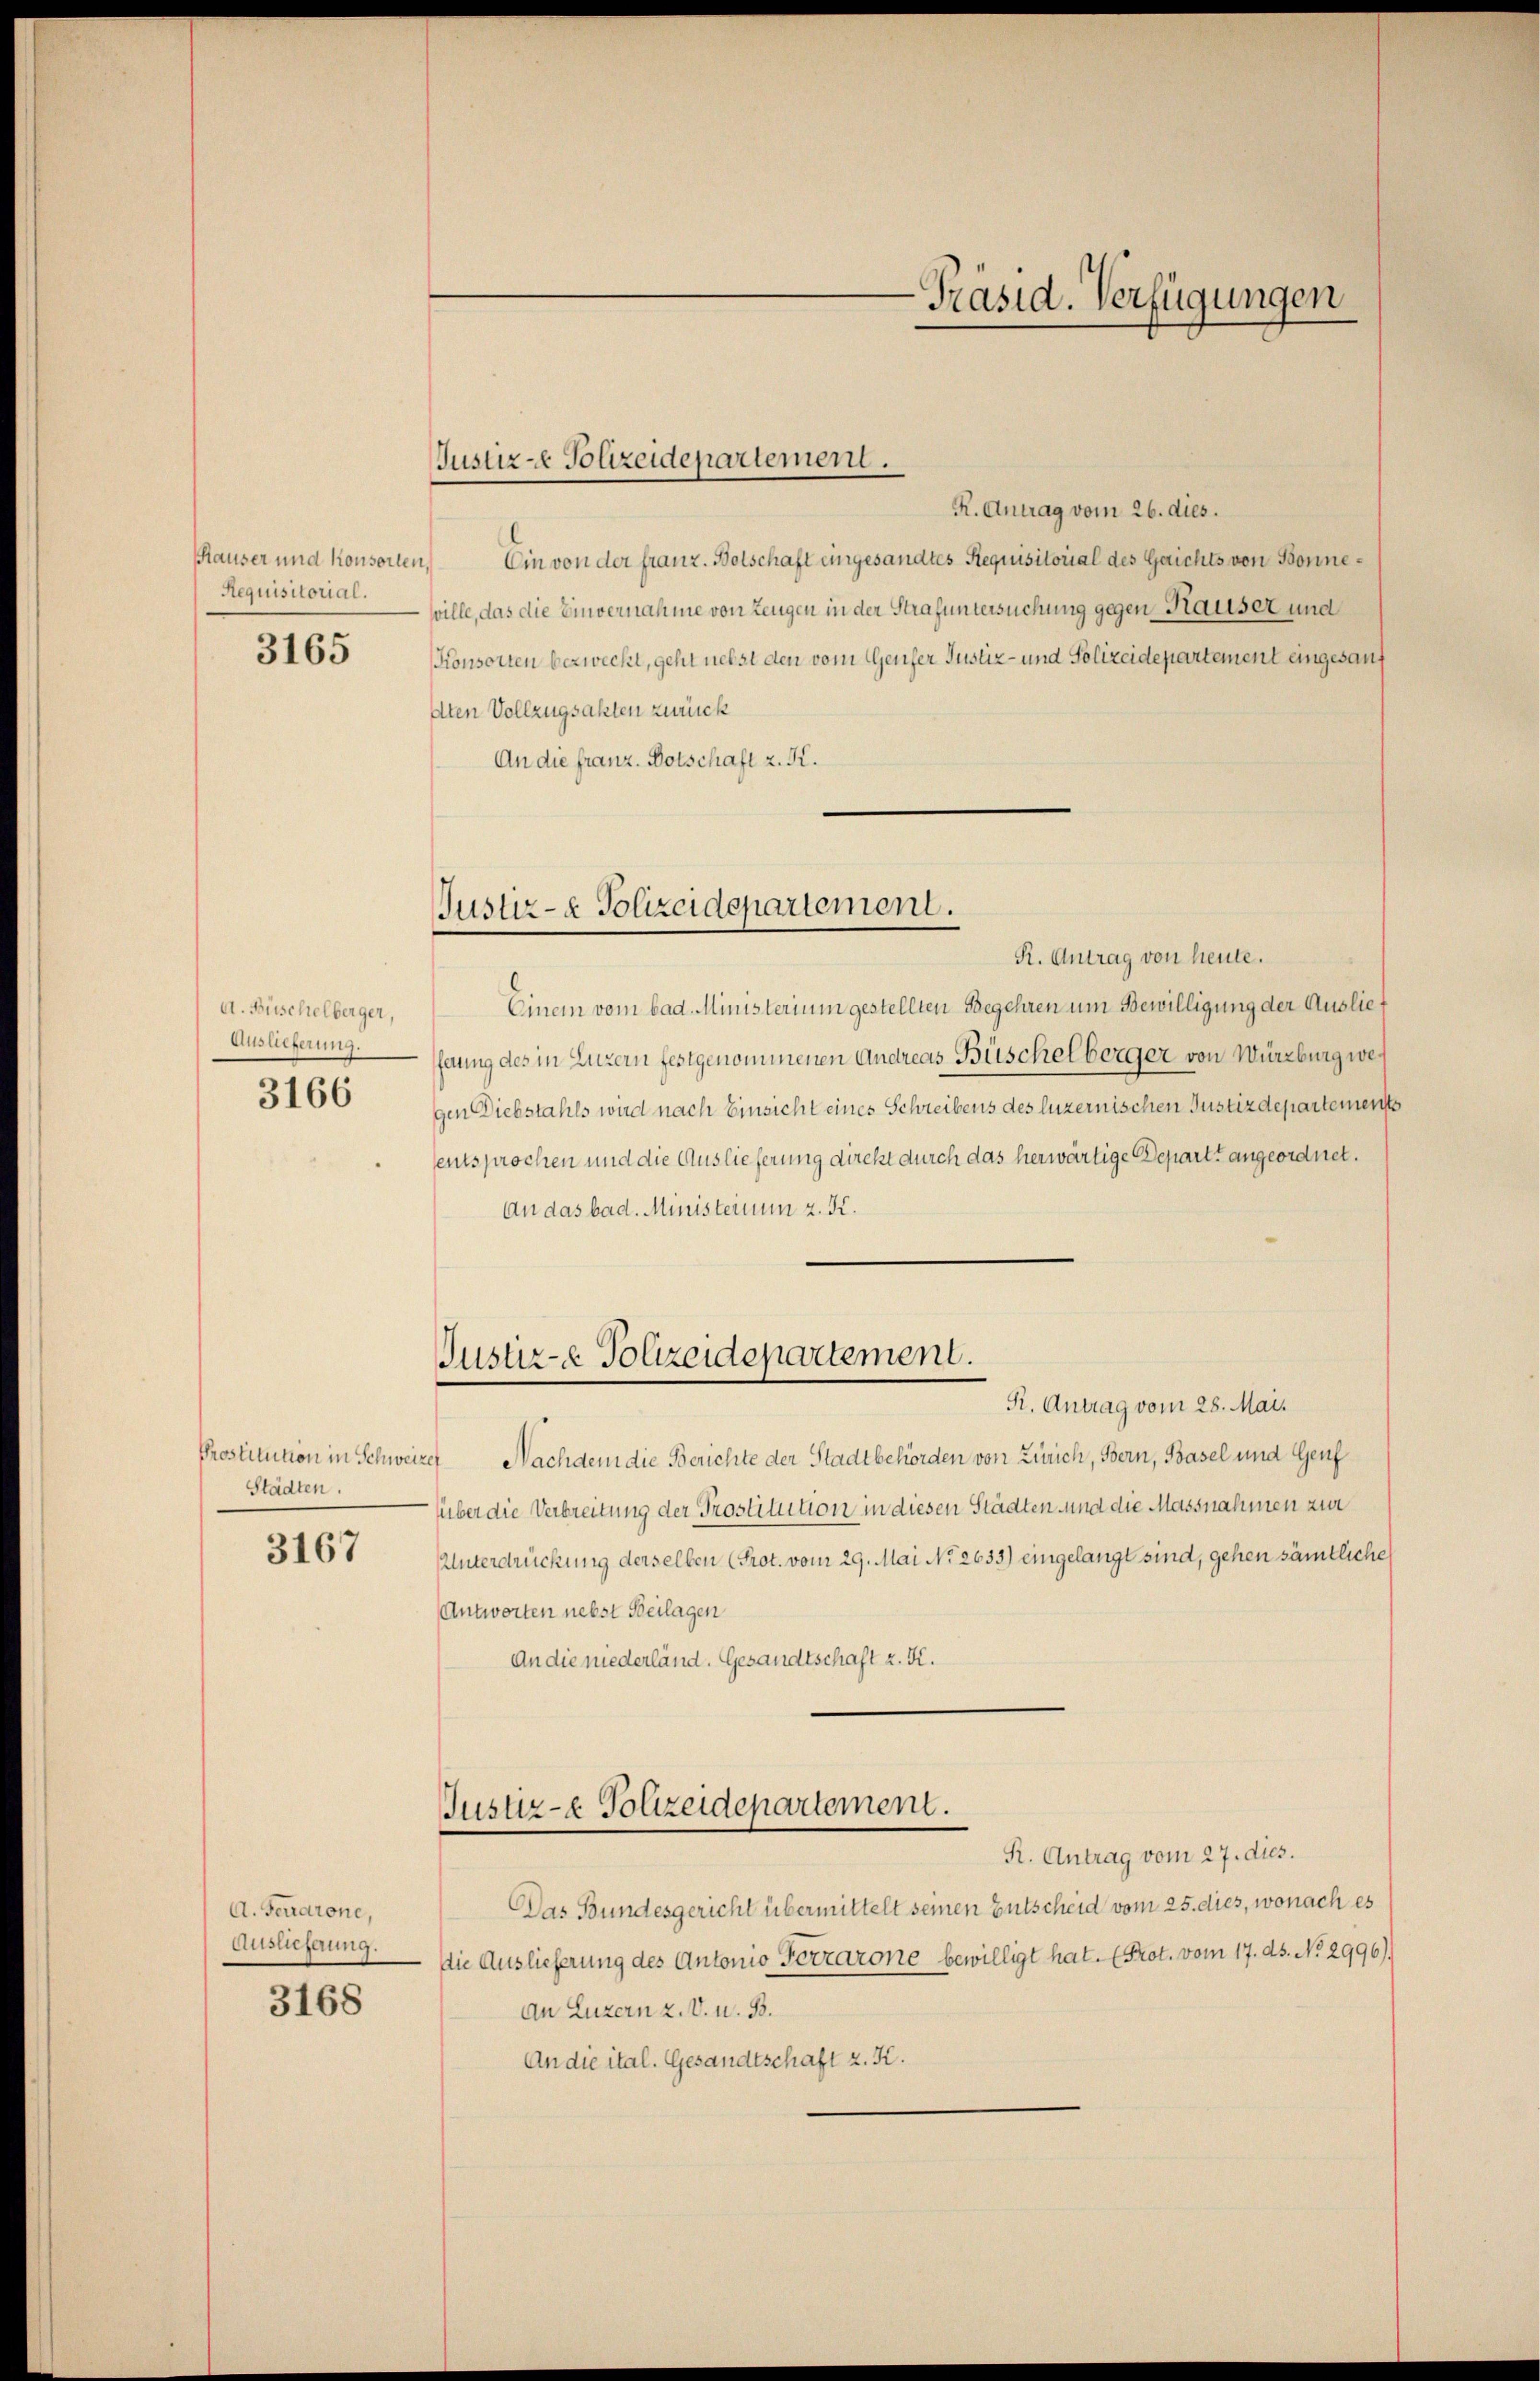
Requisitorial.

3165

A. Buschelberger,
Auslieferung.

3166

Städten.

3167

A. Ferdrone,
Auslieferung.

3168

Justiz - Polizeidepartement.

Justiz- & Polizeidepartement.

R. Antrag vom 26. dies.
Hauser und konsorten, Ein von der franz. Bolschaft eingesandtes Requisitorial des Gerichts von Bonneville, das die Einvernahme von Zeugen in der Strafuntersuchung gegen Hauser und
Konsorten bezweckt, geht nebst den vom Genfer Justiz- und Polizeidepartement eingesanf
dten Vollzugsakten zurück
An die franz. Botschaft z. K.
R. Antrag von heute.
Einem vom bad. Ministerium gestellten Begehren um Bewilligung der Ausliefaung des in Luzern festgenommenen Andreas Büschelberger von Würzburg wegen Diebstahls wird nach Einsicht eines Schreibens des luzernischen Justizdepartements
entsprochen und die Auslieferung direkt durch das herwärtige Depart angeordnet.
An das bad. Ministerium z. K.
Justire Polizeidepartement.
R. Antrag vom 28. Mai.
Prostitution in Schweizer Nachdem die Berichte der Stadtbehörden von Zürich, Bern, Basel und Genf
über die Verbreitung der Prostitution in diesen Städten und die Massnahmen zur
Unterdrückung derselben (Prot. vom 29. Mai No 2633) eingelangt sind, gehen sämtliche
Antworten nebst Beilagen
An die niederländ. Gesandtschaft z. K.
Justiz- & Polizeidepartement.
R. Antrag vom 27. dies.
Das Bundesgericht übermittelt seinen Entscheid vom 25. dies, wonach es
Die Auslieferung des Antonio Terrarone bewilligt hat. (Prot. vom 17. ds. No. 2996).
An Luzern 2. V. u. B.
An die ital. Gesandtschaft z. K.

-Präsid. Verfügungen